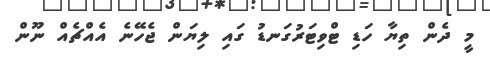
މީ ދެން ތިޔާ ހަޑި ޓްވިޓަރުގަނޑު ގައި ލިޔަން ޖެހޭނެ އެއްޗެއް ނޫން